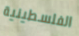
الفلسطينية